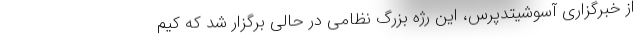
از خبرگزاری آسوشیتدپرس، این رژه بزرگ نظامی در حالی برگزار شد که کیم